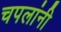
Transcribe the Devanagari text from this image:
चपलांनी